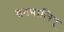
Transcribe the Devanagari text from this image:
वनमालिन्